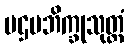
ပဌမဘိက္ခုသုတ္တံ